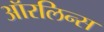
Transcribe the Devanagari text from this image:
ऑरलिन्स